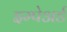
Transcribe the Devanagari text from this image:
इम्पेअर्ड